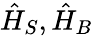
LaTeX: {\hat{H}}_{S},{\hat{H}}_{B}